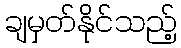
ချမှတ်နိုင်သည့်